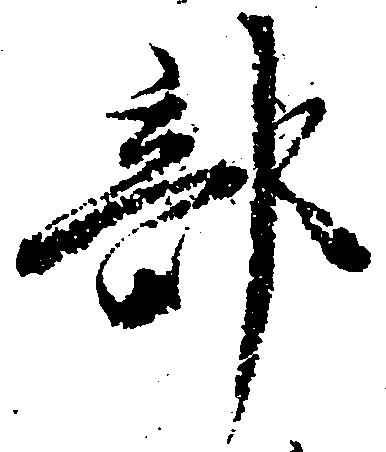
部